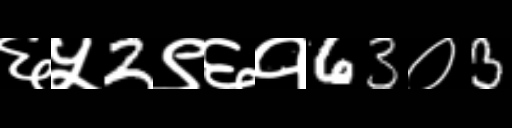
Text: ६५2९६१63०3